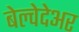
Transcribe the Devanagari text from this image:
बेल्वेदेअर